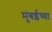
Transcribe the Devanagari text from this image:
मंुबईच्या